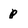
Character: p